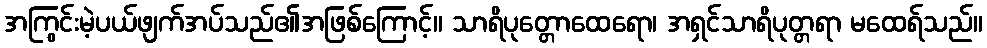
အကြွင်းမဲ့ပယ်ဖျက်အပ်သည်၏အဖြစ်ကြောင့်။ သာရိပုတ္တောထေရော၊ အရှင်သာရိပုတ္တရာ မထေရ်သည်။